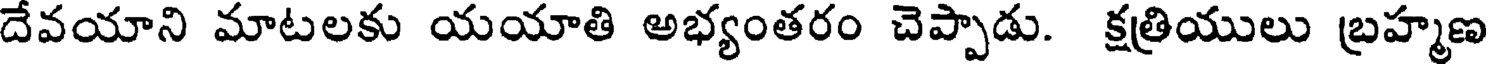
దేవయాని మాటలకు యయాతి అభ్యంతరం చెప్పాడు. క్షత్రియులు బ్రహ్మణ